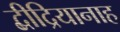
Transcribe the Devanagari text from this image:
द्बीद्रियानाह